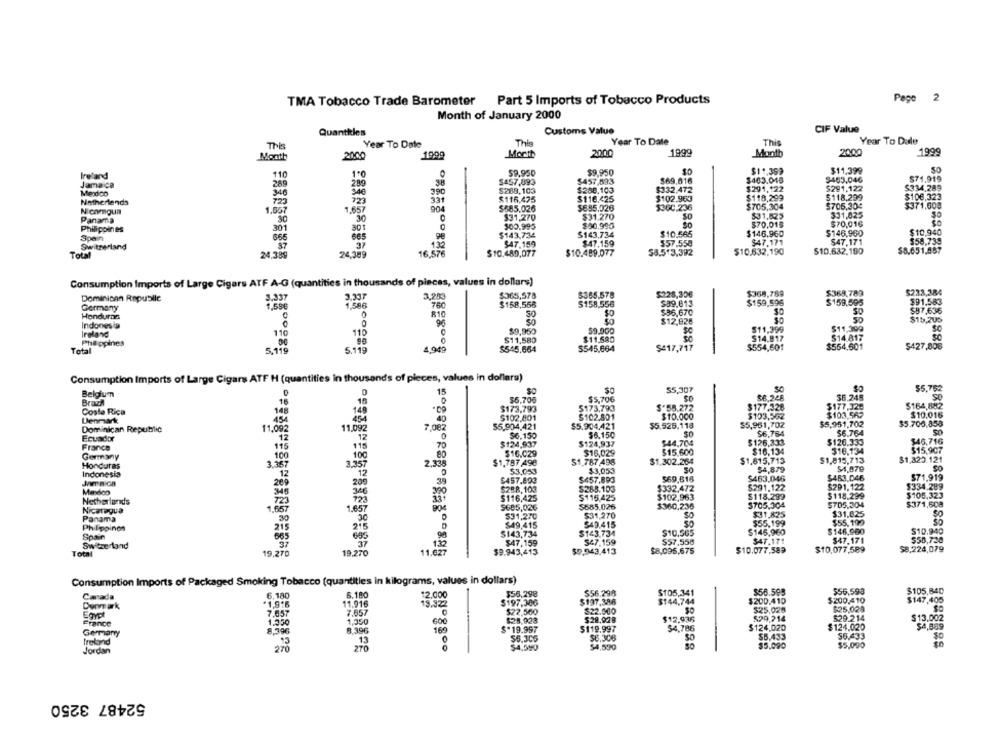
2
TMA Tobacco Trade Barometer
Part 5 Imports of Tobacco Products
Pape
Month of January 2000
Quantkles
Customs Value
CIF Value
Year To Date
This
Year To Dale
The
Year To Date
This
Month
2000
1999
Morth
2000
1999
Montb
2000
1999
59.950
$9.950
$11.399
$11,399
SO
Ireland
110
1º
$463.045
9463.046
571.919
Jamaica
289
$457,893
$457,893
$69.616
346
390
$288,103
$288.103
$332,472
$291,122
$291,122
$334,289
Netherlands
723
331
$116,475
$116.425
$102.963
$118,299
$118,299
$106,323
1.507
1.657
$585.026
$655.026
$300.236
$705.304
$705.304
$371,508
Ni camgua
$31,270
$31.270
SO
$31,525
331,025
Panama
30
30
$70,018
$70,01G
Philippines
301
301
300.995
$50.990
$146,960
$10,940
Spain
665
98
$143,734
$143,734
$10.566
$146.960
Switzerland
87
37
132
$47.159
$47.159
$57.558
$47,171
$47,171
$58,739
24,389
16.576
$10.480,077
$10.489.077
$8.5.3,392
$10.632,190
510.632,190
$5.651,887
Total
24,389
Consumption Imports of Large Cigars ATF A-G (quantities in thousands of pieces, values in dollars)
Dominican Republic
3.337
3.337
3,253
$365,578
5365.578
$228,306
$368,789
$369,789
$233.384
1.59€
1.586
$158,556
$158,556
$39.613
$159,596
$159.595
$91.583
Germany
$36,670
$87.636
Honduras
810
$0
$12,928
$15,205
Indonesia
90
$11,399
Ireland
110
$9,950
59.900
$11,399
Philippines
$11,580
$11,580
$14.817
$14.817
SC
5.119
4,949
$545,664
$545,664
$417,717
$554,501
$554,601
$427,806
Total
Consumption Imports of Large Cigars ATF H (quantities in thousands of pieces, values in dollars)
Belgium
D
15
55,307
55,762
Brach
16
16
$5,706
$5,706
56.245
SO
$173,793
$173,793
$*58.272
$177.326
$177.320
$164,882
Costa Rica
148
149
$102.801
$10.000
$123,502
$103.562
$10.016
Denmark
45
454
40
$102.801
$5.525,118
$5,961,702
$5.951,702
$5.706,853
Dominican Republic
11,092
11.092
7,082
55,904,421
$5.904.421
50
Ecuador
12
$6.150
$6.150
50
$6,784
$6.764
France
175
12
70
$124,937
$124,937
$44,704
$126.333
$126.333
546,716
118
$16.029
$16,029
$15,600
$16.134
310,134
$15,907
Germany
100
100
51.787.496
$1.302.264
$1.815,713
$1,815,713
$1,320.121
Honduras
3.367
3.357
2.338
$1,787,498
$4,879
$4,079
Indonesia
12
53,053
$3,053
26
20
39
$457.893
$457.893
569.616
$463.046
$483.046
$71,919
346
390
$288, 103
$285.103
$332.472
$291.122
$291.122
$334.289
Mexico
346
$116,425
$115,425
$102,963
$118.299
$118.299
$105.323
Netherlands
T23
723
$685,026
$360.236
$705.304
5705.304
$371,608
Nicaragua
1,657
1.657
5685,026
$31,825
$31,825
SO
Panama
30
30
$31,270
$31,270
Philippines
215
215
$49.415
$49.415
$55,199
$55.199
Spain
5143,734
$143.734
$10,565
$145,960
$146,960
$10.940
$47.159
547,159
$57,558
$47.171
$47.171
$58,730
Switzerland
37
132
$8,095,675
$10.077,589
$10,077,589
$8,224,079
Total
19,270
19.270
11.627
$9.943,413
$9.943.413
Consumption Imports of Packaged Smoking Tobacco (quantities in kilograms, values in dollars)
6,180
6.180
12,000
$56,298
$56.298
$105,341
$56.598
$56,593
$105,840
Canada
$197.306
$197,386
$144.744
$200.410
$200.410
$147,405
Denmark
*1,916
11,916
19.322
$25.028
$25.028
Egypt
7.057
7.857
$22,500
$22.000
$29.214
France
1.350
1.350
$28,923
$29.028
$12,936
$29,214
$13.002
8,396
8,396
169
$*19.997
$119,997
$4,786
$124,020
$124.020
$4,869
Germany
$6.305
$6.308
$5,433
$6,433
Ireland
00
$4,590
54,590
So
$5.090
$5,090
Jordan
270
270
52487 3250